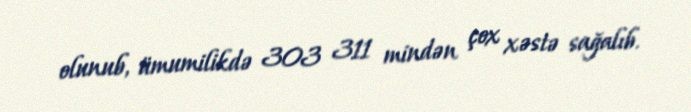
olunub, ümumilikdə 303 311 mindən çox xəstə sağalıb.